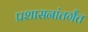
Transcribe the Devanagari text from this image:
प्रशासनांतर्गंत